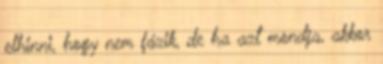
elhinni, hogy nem fázik, de ha azt mondja, akkor